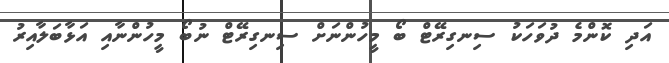
އަދި ކޮންމެ ދުވަހަކު ސިނގިރޭޓް ބޯ މީހުންނަށް ސިނގިރޭޓް ނުބޯ މީހުންނާއި އަޅާބަލާއިރު